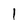
Character: 1